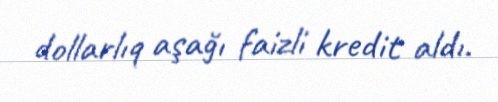
dollarlıq aşağı faizli kredit aldı.